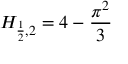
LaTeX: H _ { { \frac { 1 } { 2 } } , 2 } = 4 - { \frac { \pi ^ { 2 } } { 3 } }